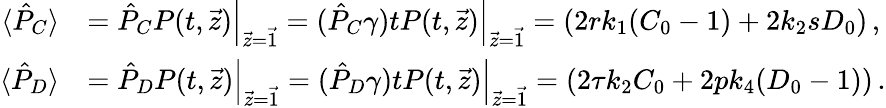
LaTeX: \begin{array}{rl}{\langle\hat{P}_{C}\rangle}&{=\left.\hat{P}_{C}P(t,\vec{z})\right|_{\vec{z}=\vec{1}}=\left.(\hat{P}_{C}\gamma)tP(t,\vec{z})\right|_{\vec{z}=\vec{1}}=\left(2rk_{1}(C_{0}-1)+2k_{2}sD_{0}\right)\, ,}\\ {\langle\hat{P}_{D}\rangle}&{=\left.\hat{P}_{D}P(t,\vec{z})\right|_{\vec{z}=\vec{1}}=\left.(\hat{P}_{D}\gamma)tP(t,\vec{z})\right|_{\vec{z}=\vec{1}}=\left(2\tau k_{2}C_{0}+2pk_{4}(D_{0}-1)\right)\, .}\end{array}